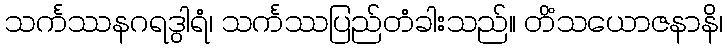
သင်္ကဿနဂရဒွါရံ၊ သင်္ကဿပြည်တံခါးသည်။ တိံသယောဇနာနိ၊